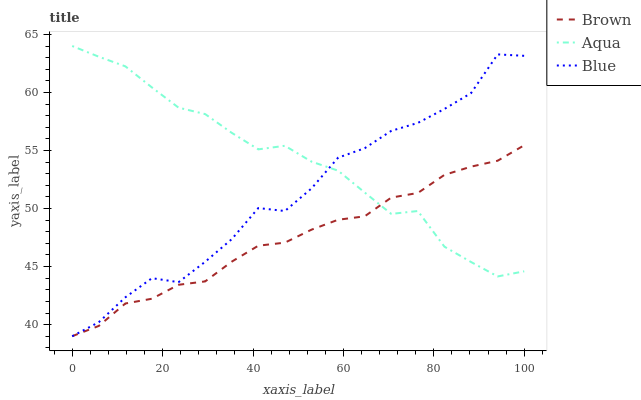
| xaxis_label | Brown | Aqua | Blue |
 | --- | --- | --- | --- |
 | 0 | 39 | 64 | 39 |
 | 5.88 | 39.9 | 63.1 | 40.2 |
 | 11.8 | 41.8 | 62.2 | 42.4 |
 | 17.6 | 42.2 | 60.4 | 44 |
 | 23.5 | 43.4 | 58.7 | 43.7 |
 | 29.4 | 43.7 | 58.1 | 45.4 |
 | 35.3 | 45.4 | 56.5 | 47.4 |
 | 41.2 | 46.8 | 55.1 | 50 |
 | 47.1 | 47.1 | 55.4 | 49.8 |
 | 52.9 | 48.2 | 54 | 51.7 |
 | 58.8 | 49 | 53.3 | 54.4 |
 | 64.7 | 49.3 | 51.4 | 55.2 |
 | 70.6 | 50.9 | 49.5 | 56.7 |
 | 76.5 | 51.3 | 49.8 | 57.4 |
 | 82.4 | 52.9 | 46.7 | 58.6 |
 | 88.2 | 53.6 | 45.4 | 59.9 |
 | 94.1 | 54.1 | 44.2 | 63.3 |
 | 100 | 55.5 | 44.6 | 63.2 |